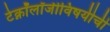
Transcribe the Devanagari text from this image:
टेक्नॉलॉजीविषयीची